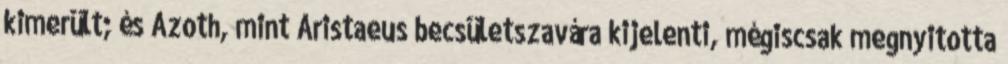
kimerült; és Azoth, mint Aristaeus becsületszavára kijelenti, mégiscsak megnyitotta